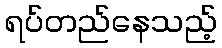
ရပ်တည်နေသည့်